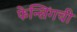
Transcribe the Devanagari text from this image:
फेन्सिंगची